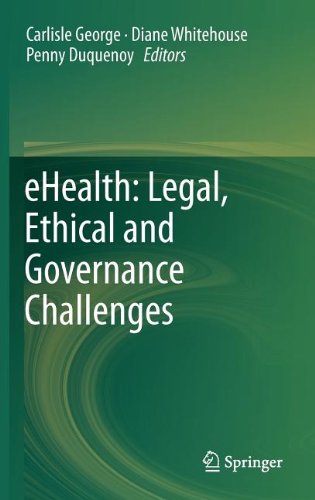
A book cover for eHealth: Legal, Ethical and Governance Challenges; Computers & Technology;